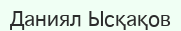
Даниял Ысқақов